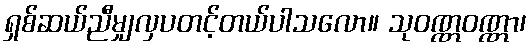
ရှစ်ဆယ်ညီမျှလှပတင့်တယ်ပါသလော။ သုဝဏ္ဏဝဏ္ဏာ၊